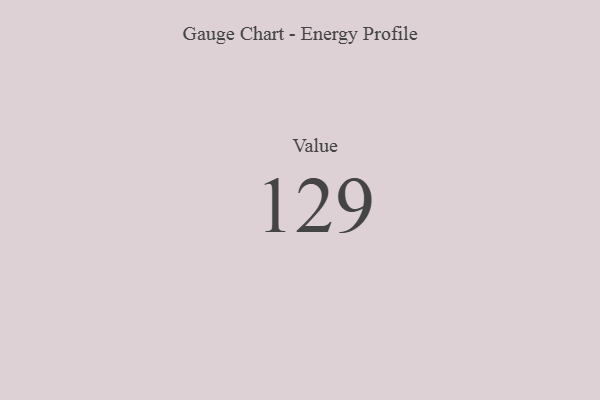
{"axis": {"x": "Metric", "y": "Value"}, "legend": [""], "data": [{"x": "Value", "y": 129, "type": ""}]}